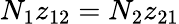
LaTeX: N_{1}z_{12}=N_{2}z_{21}